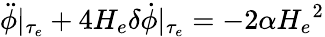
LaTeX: \ddot{\phi}\vert_{\tau_{e}}+4H_{e}\delta\dot{\phi}\vert_{\tau_{e}}=-2\alpha{H_{e}}^{2}